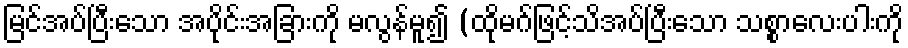
မြင်အပ်ပြီးသော အပိုင်းအခြားကို မလွန်မူ၍ (ထိုမဂ်ဖြင့်သိအပ်ပြီးသော သစ္စာလေးပါးကို